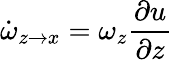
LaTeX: \dot{\omega}_{z\rightarrow x}=\omega_{z}\frac{\partial u}{\partial z}